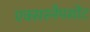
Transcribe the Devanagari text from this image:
एक्सस्नैपशोट